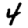
Digit: 4